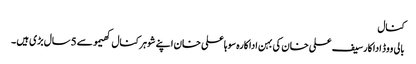
کنال
بالی ووڈ اداکارسیف علی خان کی بہن اداکارہ سوہاعلی خان اپنے شوہر کنال کھیمو سے 5سال بڑی ہیں ۔